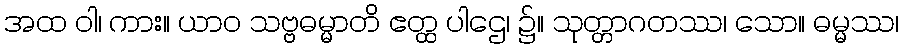
အထ ဝါ၊ ကား။ ယာဝ သဗ္ဗဓမ္မာတိ ဧတ္ထ ပါဌေ၊ ၌။ သုတ္တာဂတဿ၊ သော။ ဓမ္မဿ၊